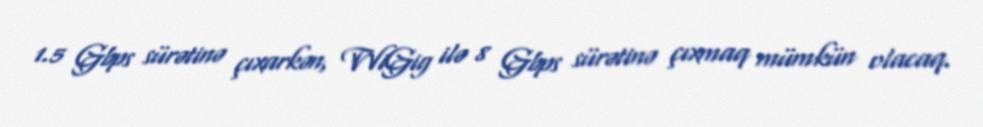
1.5 Gbps sürətinə çıxarkən, WiGig ilə 8 Gbps sürətinə çıxmaq mümkün olacaq.